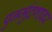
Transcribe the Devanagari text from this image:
पुनर्मुद्रणावर